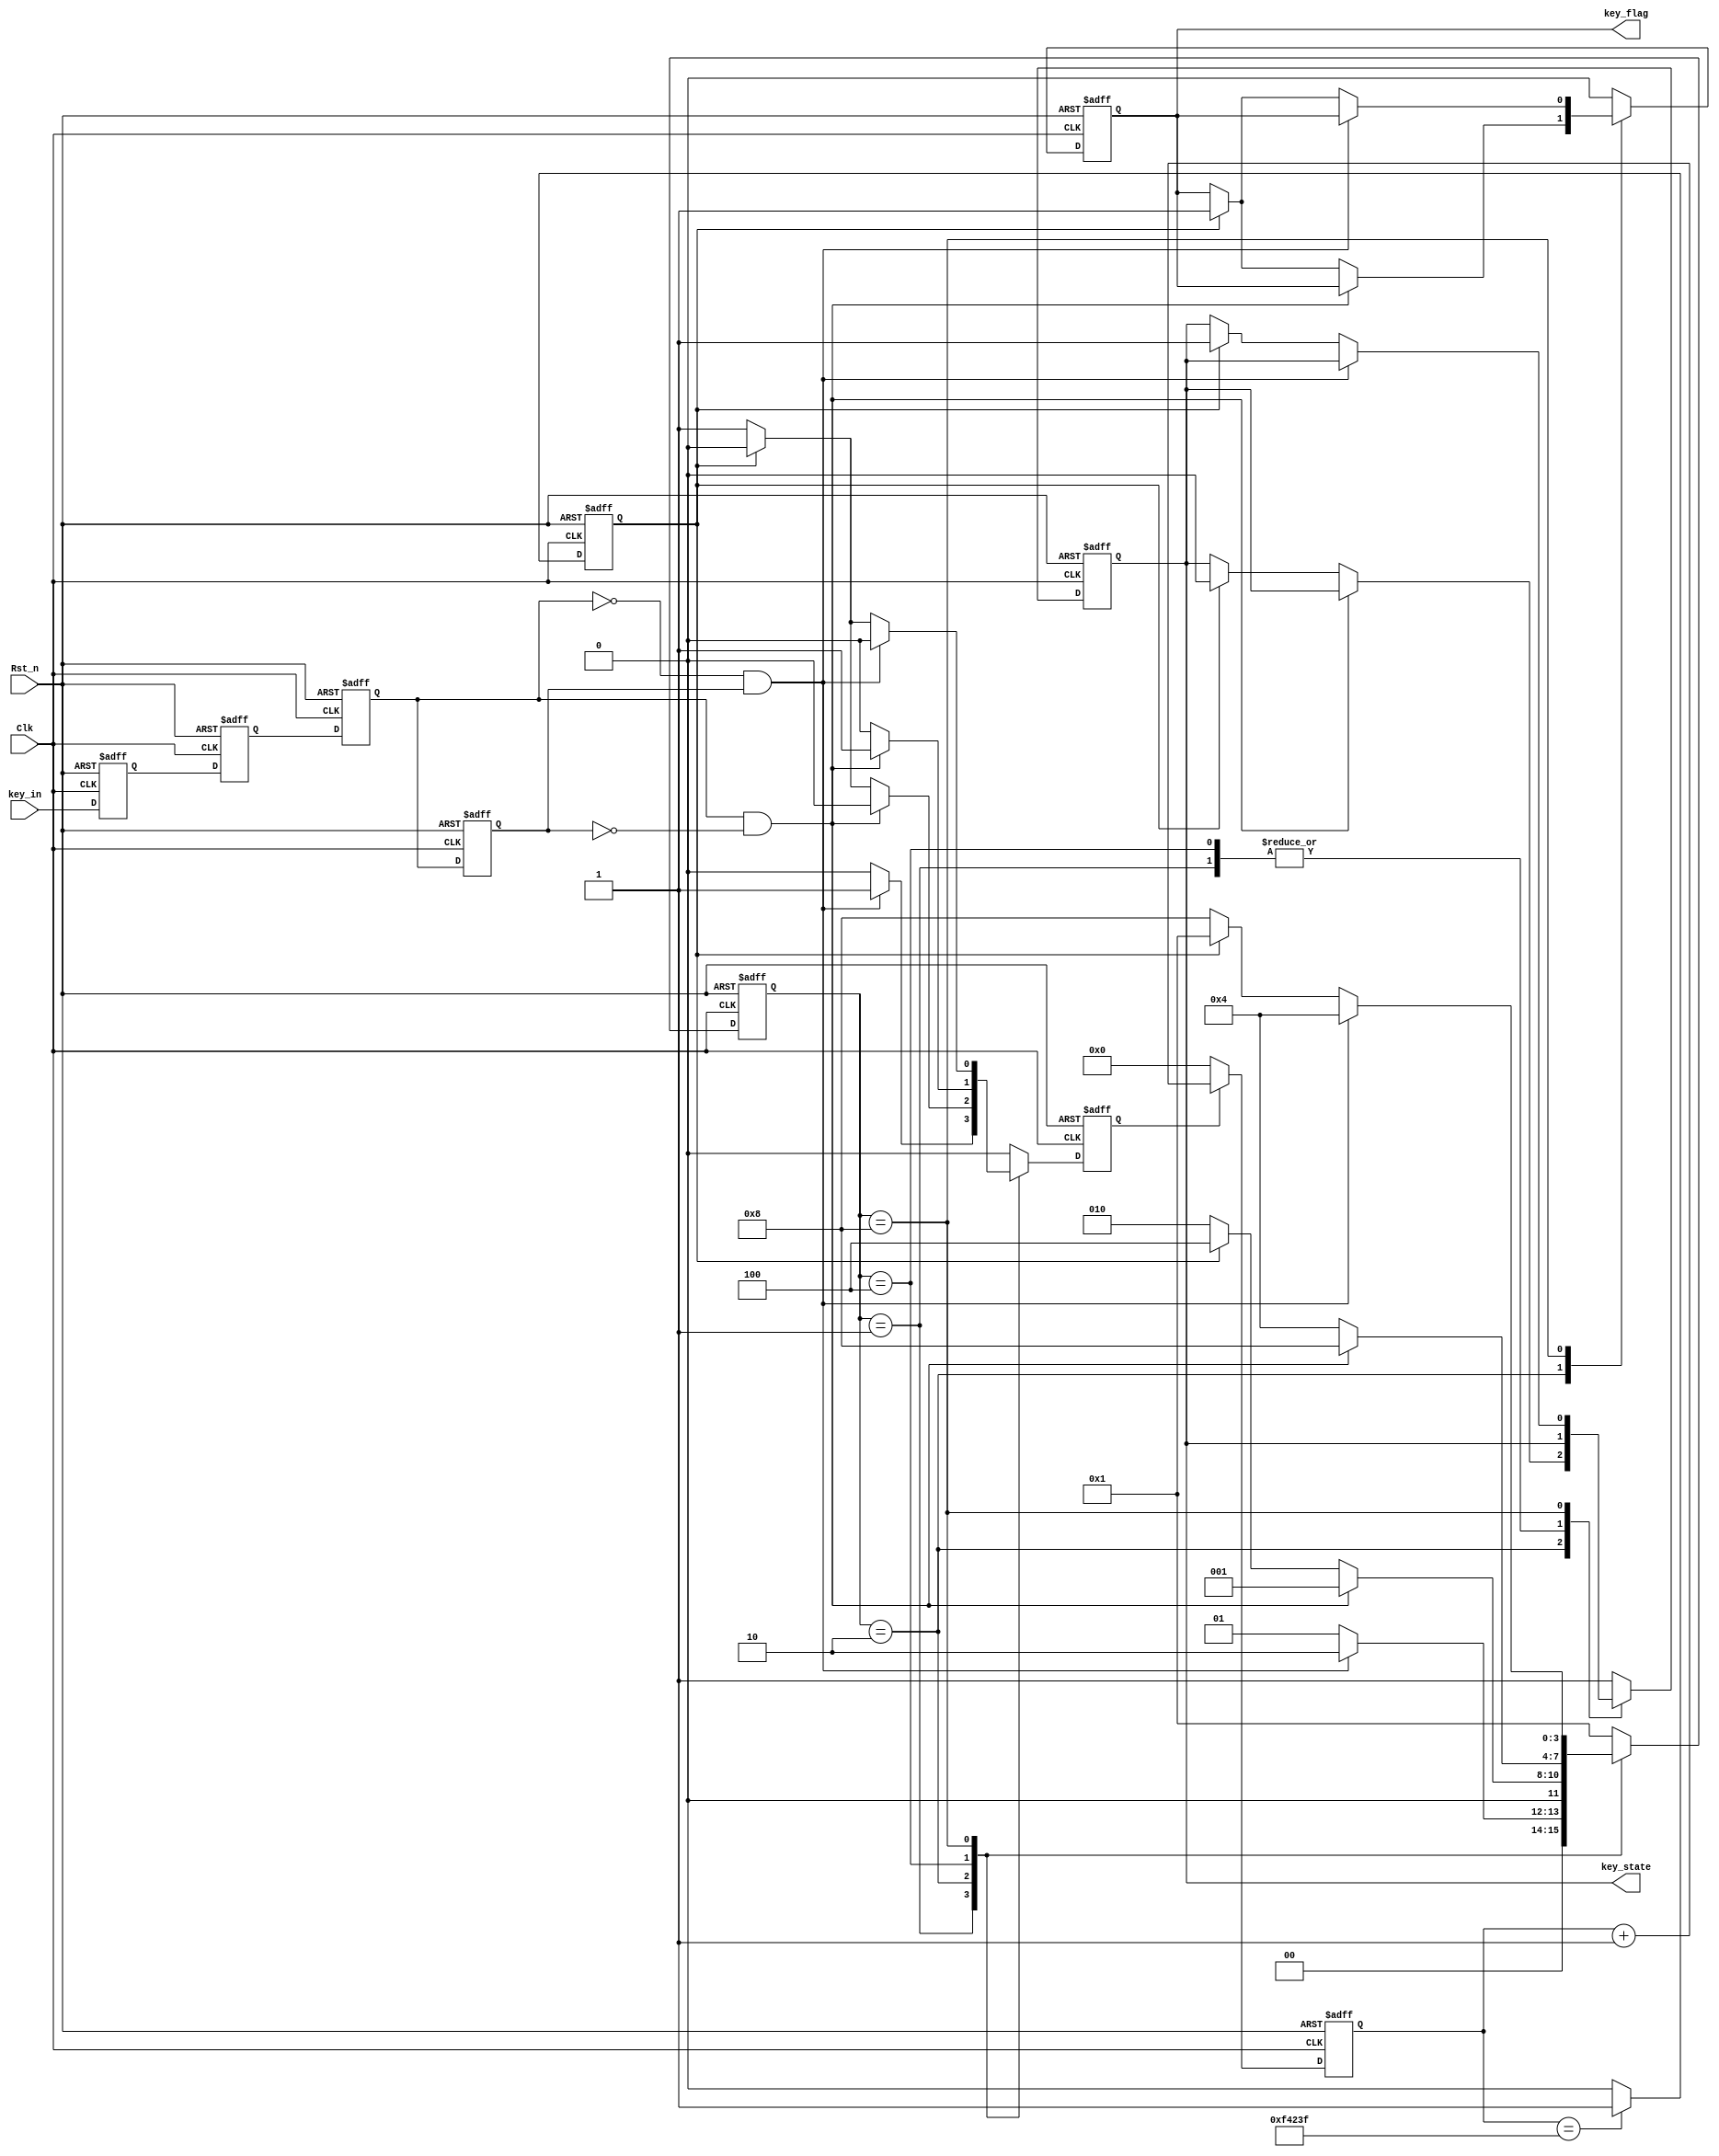
module key_filter(Clk,Rst_n,key_in,key_flag,key_state);

input Clk;
input Rst_n;
input key_in;

output reg key_flag;	 //- 
output reg key_state; //- 0

	
localparam  IDLE 				=	4'b0001;
localparam  FILTER_DOWN		=	4'b0010;
localparam  DOWN				=	4'b0100;
localparam  FILTER_RELEASE	=	4'b1000;


reg key_in_s0;
reg key_in_s1;	
reg [3:0] state;	
reg key_in_r1;
reg key_in_r2;
reg cnt_full;	//	
reg [19:0] cntr;
reg en_cnt;

wire pos_dge,neg_dge;

always @(posedge Clk or negedge Rst_n) 
	if (!Rst_n) begin
		key_in_s0 <= 1'b1;
		key_in_s1 <= 1'b1;
	end
	else begin
		key_in_s0 <= key_in;		
		key_in_s1 <= key_in_s0;
	end


always @(posedge Clk or negedge Rst_n) 
	if (!Rst_n) begin
		key_in_r1 <= 1'b1;
		key_in_r2 <= 1'b1;
	end
	else begin
		key_in_r1 <= key_in_s1;		
		key_in_r2 <= key_in_r1;
	end

assign neg_dge = ~key_in_r1 & key_in_r2;
assign pos_dge =  key_in_r1 & ~key_in_r2;	
	
always @(posedge Clk or negedge Rst_n)
	if (!Rst_n) begin
		state <= IDLE;
		en_cnt <= 1'b0;
		key_flag  <= 1'b0;
		key_state <= 1'b1; 
	end
	else begin
		case (state)
			IDLE : begin					
				key_flag <= 1'b0;
				if (neg_dge) begin
					state  <= FILTER_DOWN;
					en_cnt <= 1'b1;
				end
				else begin
					state  <= IDLE;
					en_cnt <= 1'b0;
				end
			end
			FILTER_DOWN : begin
				if (pos_dge) begin
					state  <= IDLE;
					en_cnt <= 1'b0;
				end
				else if(cnt_full == 1'b1) begin
					key_flag  <= 1'b1;
					key_state <= 1'b0; 
					state  	 <= DOWN;
					en_cnt 	 <= 1'b0;
				end
				else begin
					state  <= FILTER_DOWN;
					en_cnt <= 1'b1;
				end
			end
			DOWN  : begin
				key_flag <= 1'b0;
				if (pos_dge) begin
					state  <= FILTER_RELEASE;
					en_cnt <= 1'b1;					
				end
				else begin
					state  <= DOWN;
					en_cnt <= 1'b0;
				end
			end
			FILTER_RELEASE: begin
				if (neg_dge) begin
					state  <= DOWN;
					en_cnt <= 1'b0;
				end
				else if(cnt_full == 1'b1) begin
					key_flag  <= 1'b1;
					key_state <= 1'b1; 
					state  	 <= IDLE;
					en_cnt 	 <= 1'b0;
				end
				else begin
					state  <= FILTER_RELEASE;
					en_cnt <= 1'b1;
				end
			end
			default: begin
					state <= IDLE;
					en_cnt <= 1'b0;
					key_flag  <= 1'b0;
					key_state <= 1'b1;					
				end				
		endcase
	end


always @(posedge Clk or negedge Rst_n)
	if (!Rst_n)
		cntr <= 20'd0;
	else if (en_cnt)
		cntr <= cntr + 1'b1;
	else 
		cntr <= 20'd0;
		
always @(posedge Clk or negedge Rst_n)
	if (!Rst_n)
		cnt_full <= 1'b0;
	else if (cntr == 20'd999_999)  //- 999_999 
		cnt_full <= 1'b1;
	else 
		cnt_full <= 1'b0;

	
endmodule